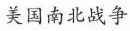
美国南北战争